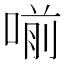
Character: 𠷁